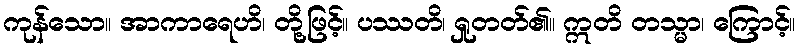
ကုန်သော။ အာကာရေဟိ၊ တို့ဖြင့်။ ပဿတိ၊ ရှုတတ်၏။ ဣတိ တသ္မာ၊ ကြောင့်။